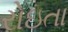
રોઇતા